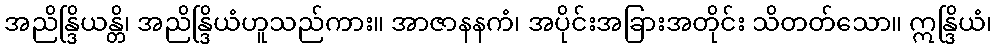
အညိန္ဒြိယန္တိ၊ အညိန္ဒြိယံဟူသည်ကား။ အာဇာနနကံ၊ အပိုင်းအခြားအတိုင်း သိတတ်သော။ ဣန္ဒြိယံ၊